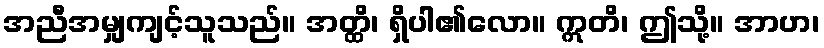
အညီအမျှကျင့်သူသည်။ အတ္ထိ၊ ရှိပါ၏လော။ ဣတိ၊ ဤသို့။ အာဟ၊